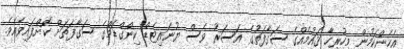
އެހެންކަމުން މިހުރިހާ ޤައުމެއްގެ ސަގާފަތުގެ އަސަރު ވެސް ޔުނައިޓެޑް ކިންގްޑަމްގެ ސަގާފަތަށް ކޮށްފައިވެއެވެ.